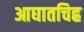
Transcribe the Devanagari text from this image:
आघातचिह्र